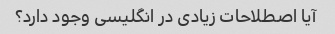
آیا اصطلاحات زیادی در انگلیسی وجود دارد؟